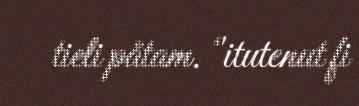
tieli påtam. ‘'itutenut fi